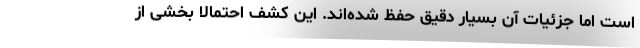
است اما جزئیات آن بسیار دقیق حفظ شده‌اند. این کشف احتمالاً بخشی از